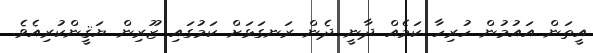
އީތަން އައުމުން ހުރިހާ ކަމެއް ދާނީ ދެން ރަނގަޅަށް ކަމުގައި ޒޫރިން ޔަޤީންކުރިއެވެ.